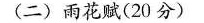
(二)雨花赋(20分)